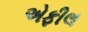
એફીલ